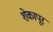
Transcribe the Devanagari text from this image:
शेकापूर